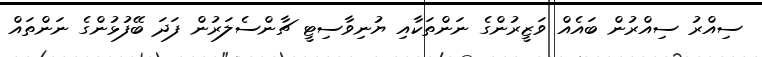
ސިއްރު ސިއްރުން ބައެއް ވަޒީރުންގެ ނަންތަކާއި ޔުނިވާސިޓީ ޗާންސެލަރުން ފަދަ ބޭފުޅުންގެ ނަންތައް